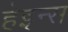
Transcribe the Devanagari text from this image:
हेइन्स